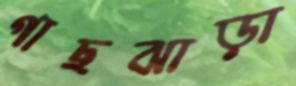
গাছঝাড়া